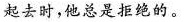
起去时，他总是拒绝的。